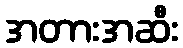
အတားအဆီး